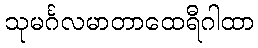
သုမင်္ဂလမာတာထေရီဂါထာ